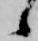
候